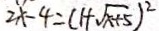
2 x - 4 = ( 1 + \sqrt { x + 5 } ) ^ { 2 }